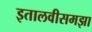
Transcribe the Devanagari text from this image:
इतालवीसमझा